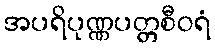
အပရိပုဏ္ဏပတ္တစီဝရံ